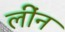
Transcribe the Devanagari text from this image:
लींन